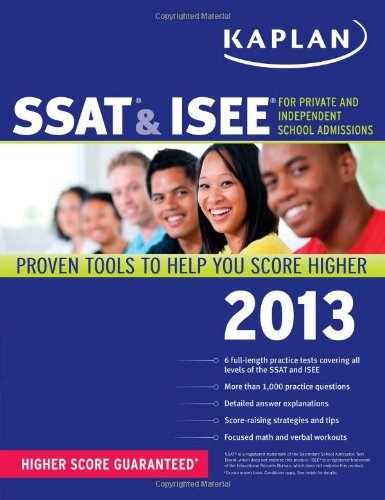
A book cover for Kaplan SSAT & ISEE: For Private and Independent School Admissions (Kaplan Test Prep); Kaplan; Test Preparation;